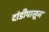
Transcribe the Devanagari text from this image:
दांडीपासून